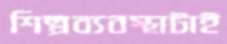
শিল্পব্যবস্থাটাই